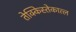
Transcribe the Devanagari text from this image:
तेक्किस्तेकात्ल